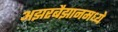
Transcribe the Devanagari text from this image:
अझरबैझानमध्ये